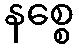
နစ္စေ